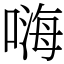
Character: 嗨